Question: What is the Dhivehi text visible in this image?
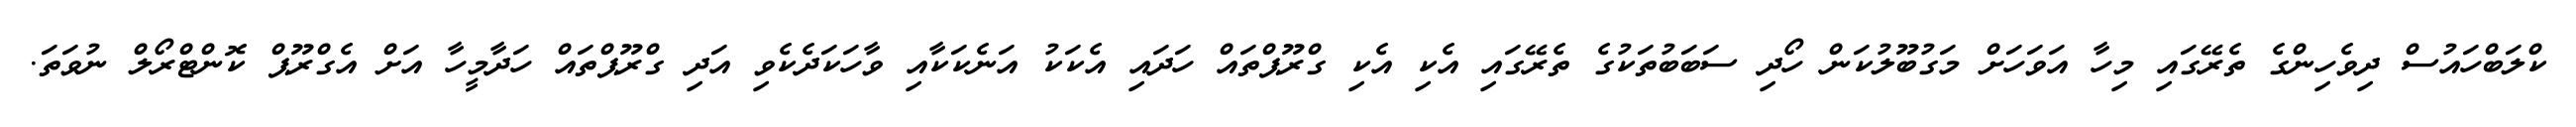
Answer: ކްލަބްހައުސް ދިވެހިންގެ ތެރޭގައި މިހާ އަވަހަށް މަގުބޫލުކަން ހޯދި ސަބަބުތަކުގެ ތެރޭގައި އެކި އެކި ގްރޫޕްތައް ހަދައި އެކަކު އަނެކަކާއި ވާހަކަދެކެވި އަދި ގްރޫޕްތައް ހަދާމީހާ އަށް އެގްރޫޕް ކޮންޓްރޯލް ނުވަތަ.